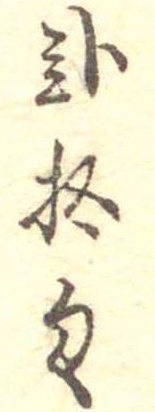
弐拾匁